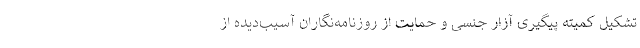
تشکیل کمیته پیگیری آزار جنسی و حمایت از روزنامه‌نگاران آسیب‌دیده از